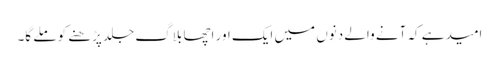
امید ہے کہ آنے والے دنوں میں ایک اور اچھا بلاگ جلد پڑھنے کو ملے گا۔